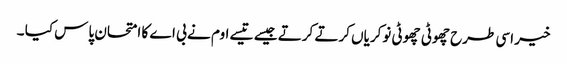
خیر اسی طرح چھوٹی چھوٹی نوکریاں کرتے کرتے جیسے تیسے اوم نے بی اے کا امتحان پاس کیا ۔